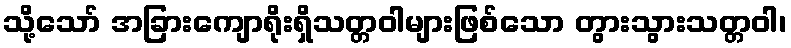
သို့သော် အခြားကျောရိုးရှိသတ္တဝါများဖြစ်သော တွားသွားသတ္တဝါ၊